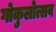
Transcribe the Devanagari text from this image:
गोकुलोत्सव